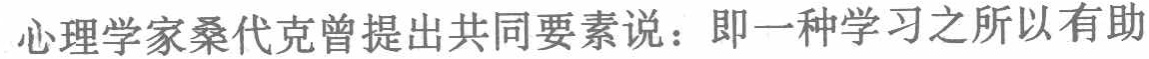
心理学家桑代克曾提出共同要素说：即一种学习之所以有助